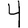
Digit: 4